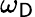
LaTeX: \omega_{\mathsf{D}}